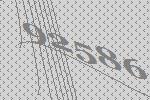
92586